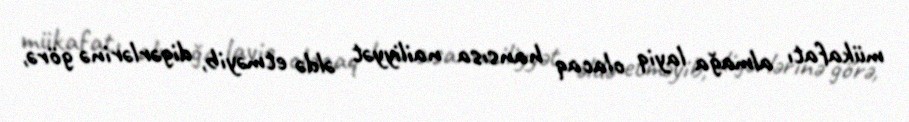
mükafatı almağa layiq olacaq hansısa nailiyyət əldə etməyib, digərlərinə görə,